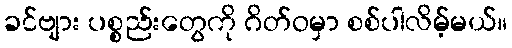
ခင်ဗျား ပစ္စည်းတွေကို ဂိတ်ဝမှာ စစ်ပါလိမ့်မယ်။